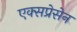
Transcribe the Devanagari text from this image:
एक्सप्रेसेन